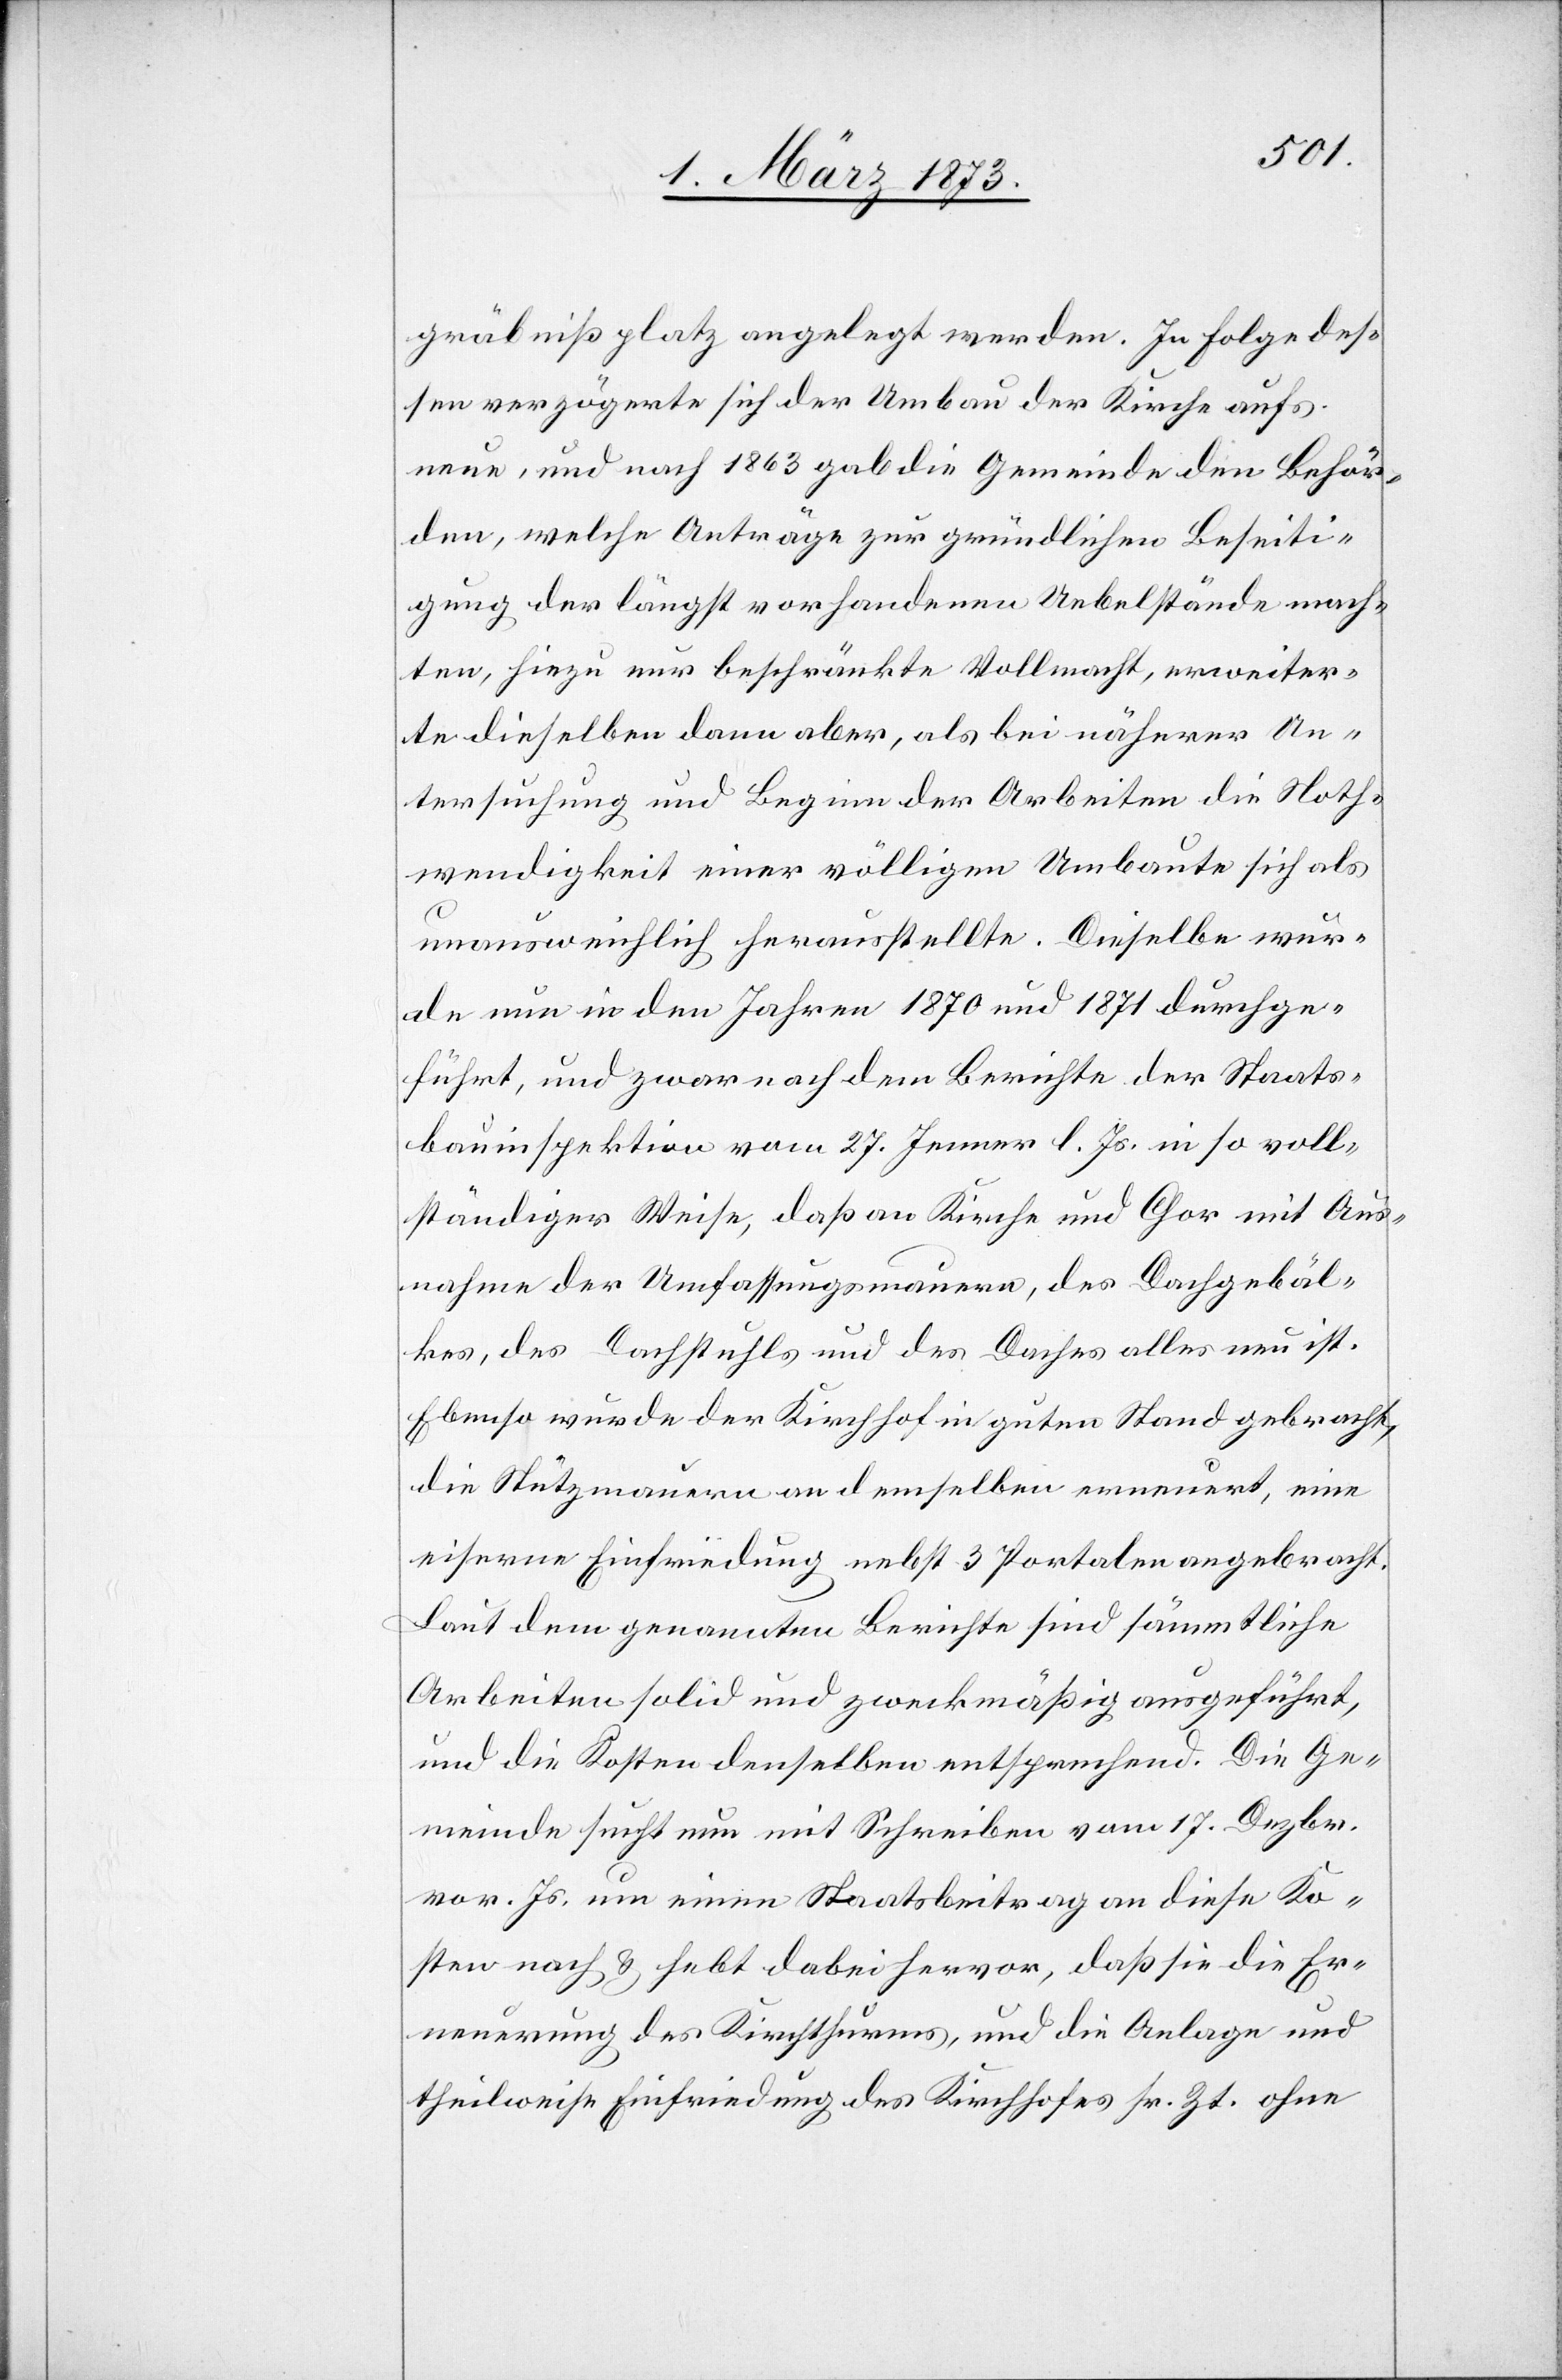
gräbnißplatz angelegt werden. In Folge des¬
sen verzögerte sich der Umbau der Kirche aufs
neue, und nach 1863 gab die Gemeinde den Behör¬
den, welche Anträge zur gründlichen Beseiti¬
gung der längst vorhandenen Uebelstände mach¬
ten, hiezu nur beschränkte Vollmacht, erweiter¬
te dieselbe dann aber, als bei näherer Un¬
tersuchung und Beginn der Arbeiten die Noth¬
wendigkeit einer völligen Umbaute sich als
unausweichlich herausstellte. Dieselbe wur¬
de nun in den Jahren 1870 und 1871 durchge¬
führt, und zwar nach dem Berichte der Staats¬
bauinspektion vom 27. Jenner l. Js. in so voll¬
ständiger Weise, daß an Kirche und Chor mit Aus¬
nahme der Umfassungsmauern, des Dachgebäl¬
kes, des Dachstuhls und des Daches alles neu ist.
Ebenso wurde der Kirchhof in guten Stand gebracht,
die Stützmauern an demselben erneuert, eine
eiserne Einfriedung nebst 3 Portalen angebracht.
Laut dem genannten Berichte sind sämmtliche
Arbeiten solid und zweckmäßig ausgeführt,
und die Kosten denselben entsprechend. Die Ge¬
meinde sucht nun mit Schreiben vom 17. Dezbr.
vor. Js. um einen Staatsbeitrag an diese Ko¬
sten nach u. hebt dabei hervor, daß sei die Er¬
neuerung des Kirchthurms, und die Anlage und
theilweise Einfriedung des Kirchhofes sr. Zt. ohne